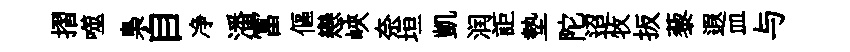
摺噬梟自净潘冨傴戀峽奈垣凱润詎墊陀迢牧扳藜遐皿与